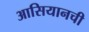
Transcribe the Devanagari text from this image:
आसियानची